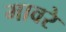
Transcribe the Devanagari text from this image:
मावरे